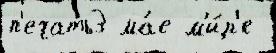
п'ечать3 ма́е м'и́р'е